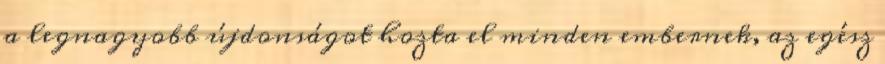
a legnagyobb újdonságot hozta el minden embernek, az egész